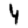
Digit: 4